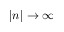
| n | \rightarrow \infty